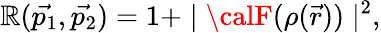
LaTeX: \mathbb{R}(\vec{{p_{1}}},\vec{{p_{2}}})=1+\mid{\calF}(\rho(\vec{{r}}))\mid^{2},